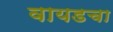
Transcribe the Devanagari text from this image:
वायडचा